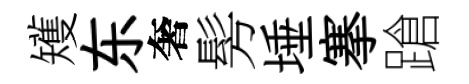
矱东奢髣埵搴蹌